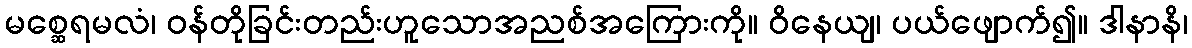
မစ္ဆေရမလံ၊ ဝန်တိုခြင်းတည်းဟူသောအညစ်အကြေားကို။ ဝိနေယျ၊ ပယ်ဖျောက်၍။ ဒါနာနိ၊